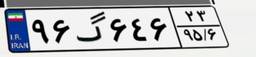
۹۶گ۶۴۶۲۳